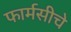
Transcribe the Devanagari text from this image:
फार्मसीचे